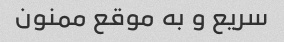
سریع و به موقع ممنون